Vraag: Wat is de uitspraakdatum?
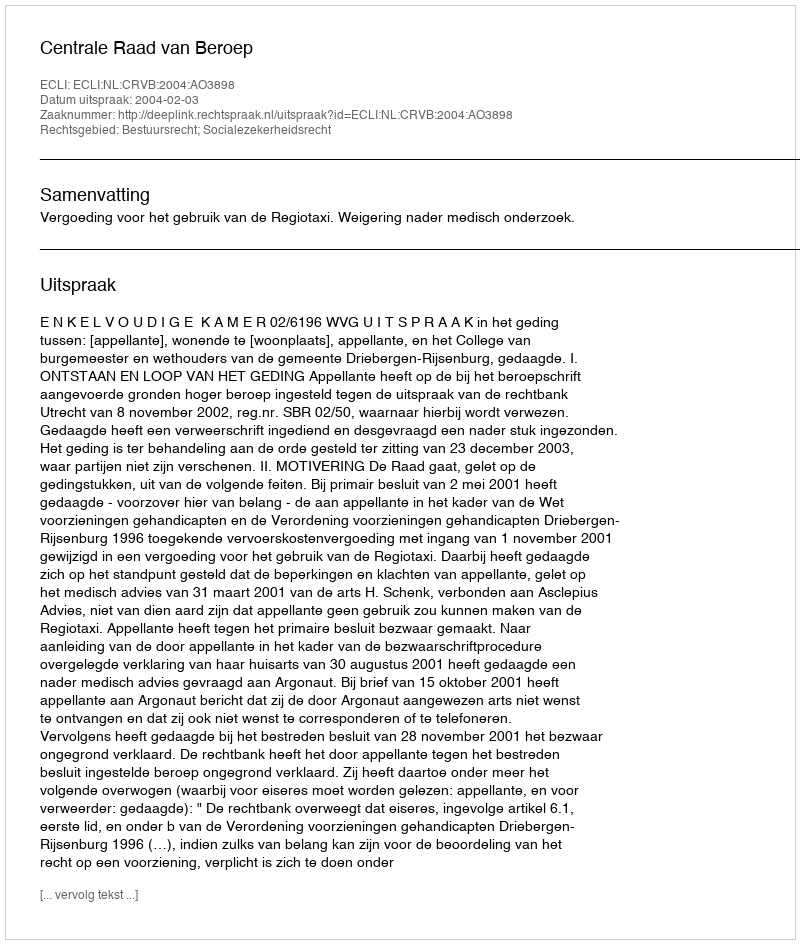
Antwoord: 2004-02-03